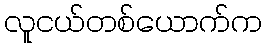
လူငယ်တစ်ယောက်က